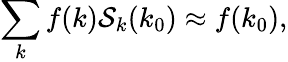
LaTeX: \sum_{k}f(k)\mathcal{S}_{k}(k_{0})\approx f(k_{0}),